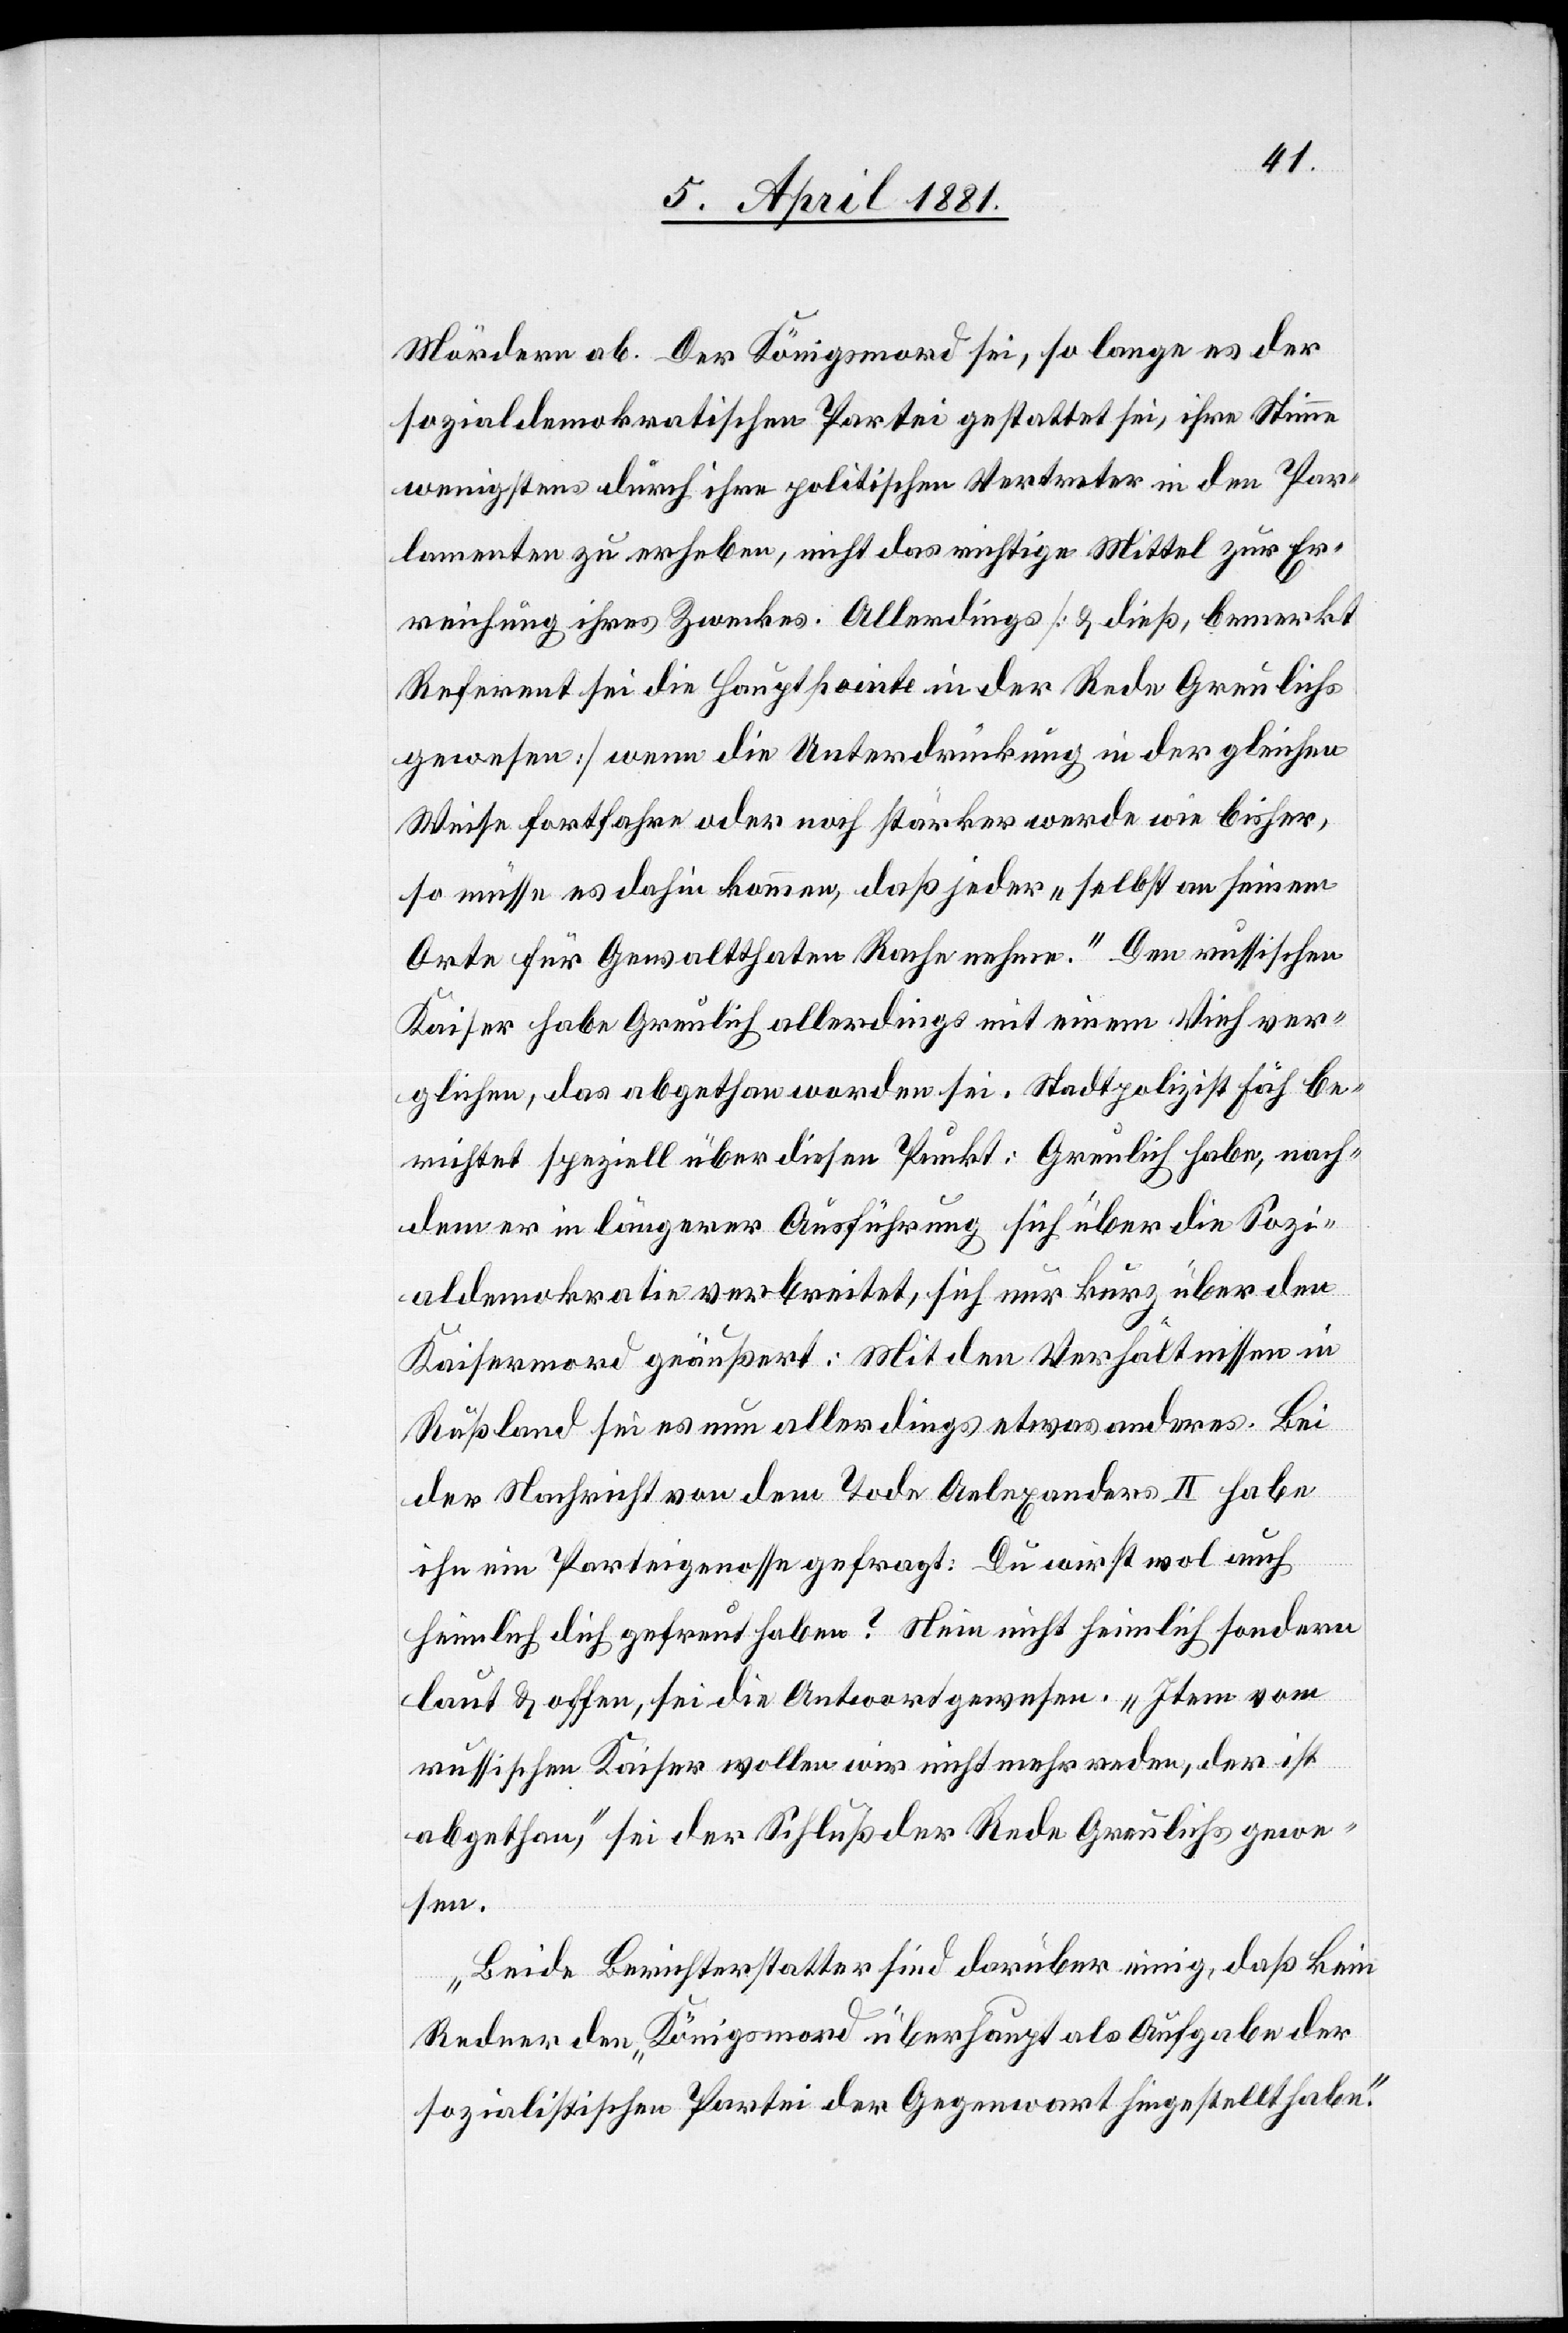
Mördern ab. Der Königsmord sei, so lange es der
sozialdemokratischen Partei gestattet sei, ihre Stimme
wenigstens durch ihre politischen Vertreter in den Par¬
lamenten zu erheben, nicht das richtige Mittel zur Er¬
reichung ihres Zweckes. Allerdings [& dieß, bemerkt
Referent sei die Hauptpointe in der Rede Greulichs
gewesen] wenn die Unterdrückung in der gleichen
Weise fortfahre oder noch stärker werde wie bisher,
so müsse es dahin kommen, daß jeder „selbst an seinem
Orte für Gewaltthaten Rache nehme“. Den russischen
Kaiser habe Greulich allerdings mit einem Vieh ver¬
glichen, das abgethan worden sei. Stadtpolizist Fäh be¬
richtet speziell über diesen Punkt: Greulich habe, nach
dem er in längerer Ausführung sich über die Sozi¬
aldemokratie verbreitet, sich nur kurz über den
Kaisermord geäußert: Mit den Verhältnissen in
Rußland sei es nun allerdings etwas anderes. Bei
der Nachricht von dem Tode Alexanders II habe
ihn ein Parteigenosse gefragt: Du wirst wol auch
heimlich dich gefreut haben? Nein nicht heimlich sondern
laut & offen, sei die Antwort gewesen. „Item vom
russischen Kaiser wollen wir nicht mehr reden, der ist
abgethan“, sei der Schluß der Rede Greulichs gewe¬
sen.
Beide Berichterstatter sind darüber einig, daß kein
Redner den „Königsmord überhaupt als Aufgabe der
sozialistischen Partei der Gegenwart hingestellt habe“.